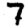
Digit: 7